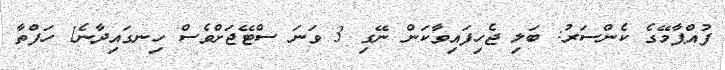
ފުއްޕާމޭގެ ކެންސަރު: ބަލި ޖެހިފައިވާކަން ނޭގި 3 ވަނަ ސްޓޭޖަށްވެސް ހިނގައިދާނެ1 ހަފްތާ